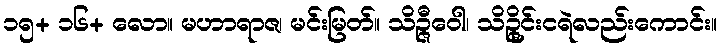
၁၅+ ၁၆+ လော။ မဟာရာဇ၊ မင်းမြတ်။ သိဉ္ဇီဝေါ၊ သိဉ္ဇိုင်းငရဲလည်းကောင်း။